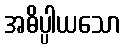
အဓိပ္ပါယသော